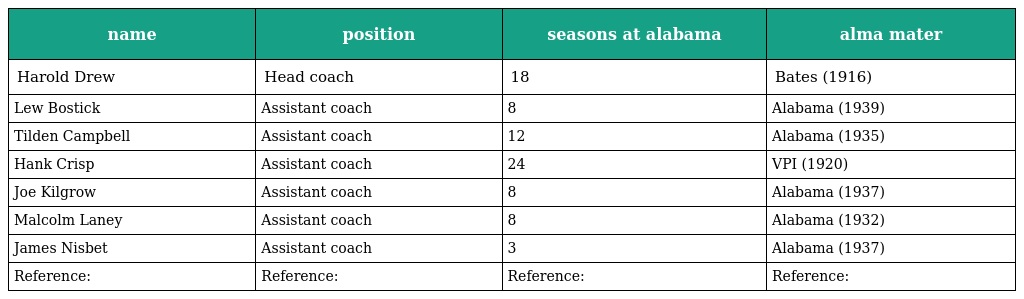
| name | position | seasons at alabama | alma mater |
 | --- | --- | --- | --- |
 | Harold Drew | Head coach | 18 | Bates (1916) |
 | Lew Bostick | Assistant coach | 8 | Alabama (1939) |
 | Tilden Campbell | Assistant coach | 12 | Alabama (1935) |
 | Hank Crisp | Assistant coach | 24 | VPI (1920) |
 | Joe Kilgrow | Assistant coach | 8 | Alabama (1937) |
 | Malcolm Laney | Assistant coach | 8 | Alabama (1932) |
 | James Nisbet | Assistant coach | 3 | Alabama (1937) |
 | Reference: | Reference: | Reference: | Reference: |